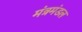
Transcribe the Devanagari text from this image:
मंत्रमंडल